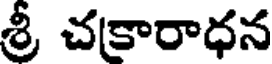
శ్రీ చకారాధన